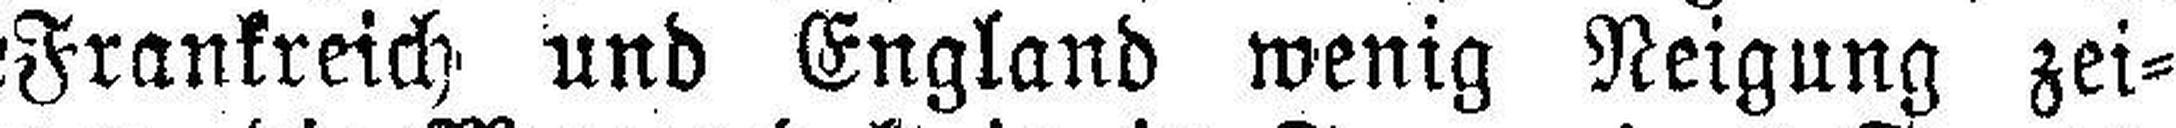
Frankreich Und England wenig Neigung zei¬